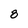
Character: 8